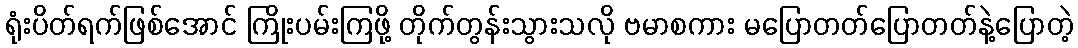
ရုံးပိတ်ရက်ဖြစ်အောင် ကြိုးပမ်းကြဖို့ တိုက်တွန်းသွားသလို ဗမာစကား မပြောတတ်ပြောတတ်နဲ့ပြောတဲ့